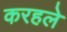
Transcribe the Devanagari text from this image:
करहले